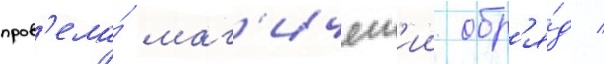
пров'ела́ маг'ическ'ии обр'я́д /